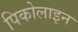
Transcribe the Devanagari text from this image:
पिकोलाइन